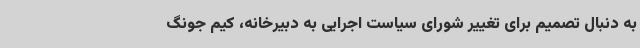
به دنبال تصمیم برای تغییر شورای سیاست اجرایی به دبیرخانه، کیم جونگ